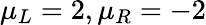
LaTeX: \mu_{L}=2,\mu_{R}=-2